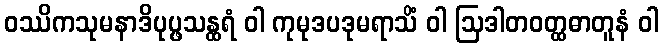
ဝဿိကသုမနာဒိပုပ္ဖသန္ထရံ ဝါ ကုမုဒပဒုမရာသိံ ဝါ ဩဒါတဝတ္ထဓာတူနံ ဝါ